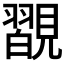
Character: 𧢇